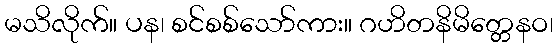
မသိလိုက်။ ပန၊ စင်စစ်သော်ကား။ ဂဟိတနိမိတ္တေနဝ၊